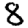
Digit: 8